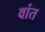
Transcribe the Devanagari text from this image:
वांत